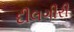
દીલગીરી